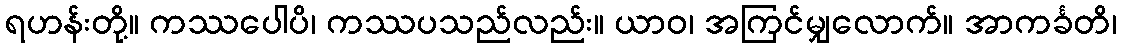
ရဟန်းတို့။ ကဿပေါပိ၊ ကဿပသည်လည်း။ ယာဝ၊ အကြင်မျှလောက်။ အာကင်္ခတိ၊